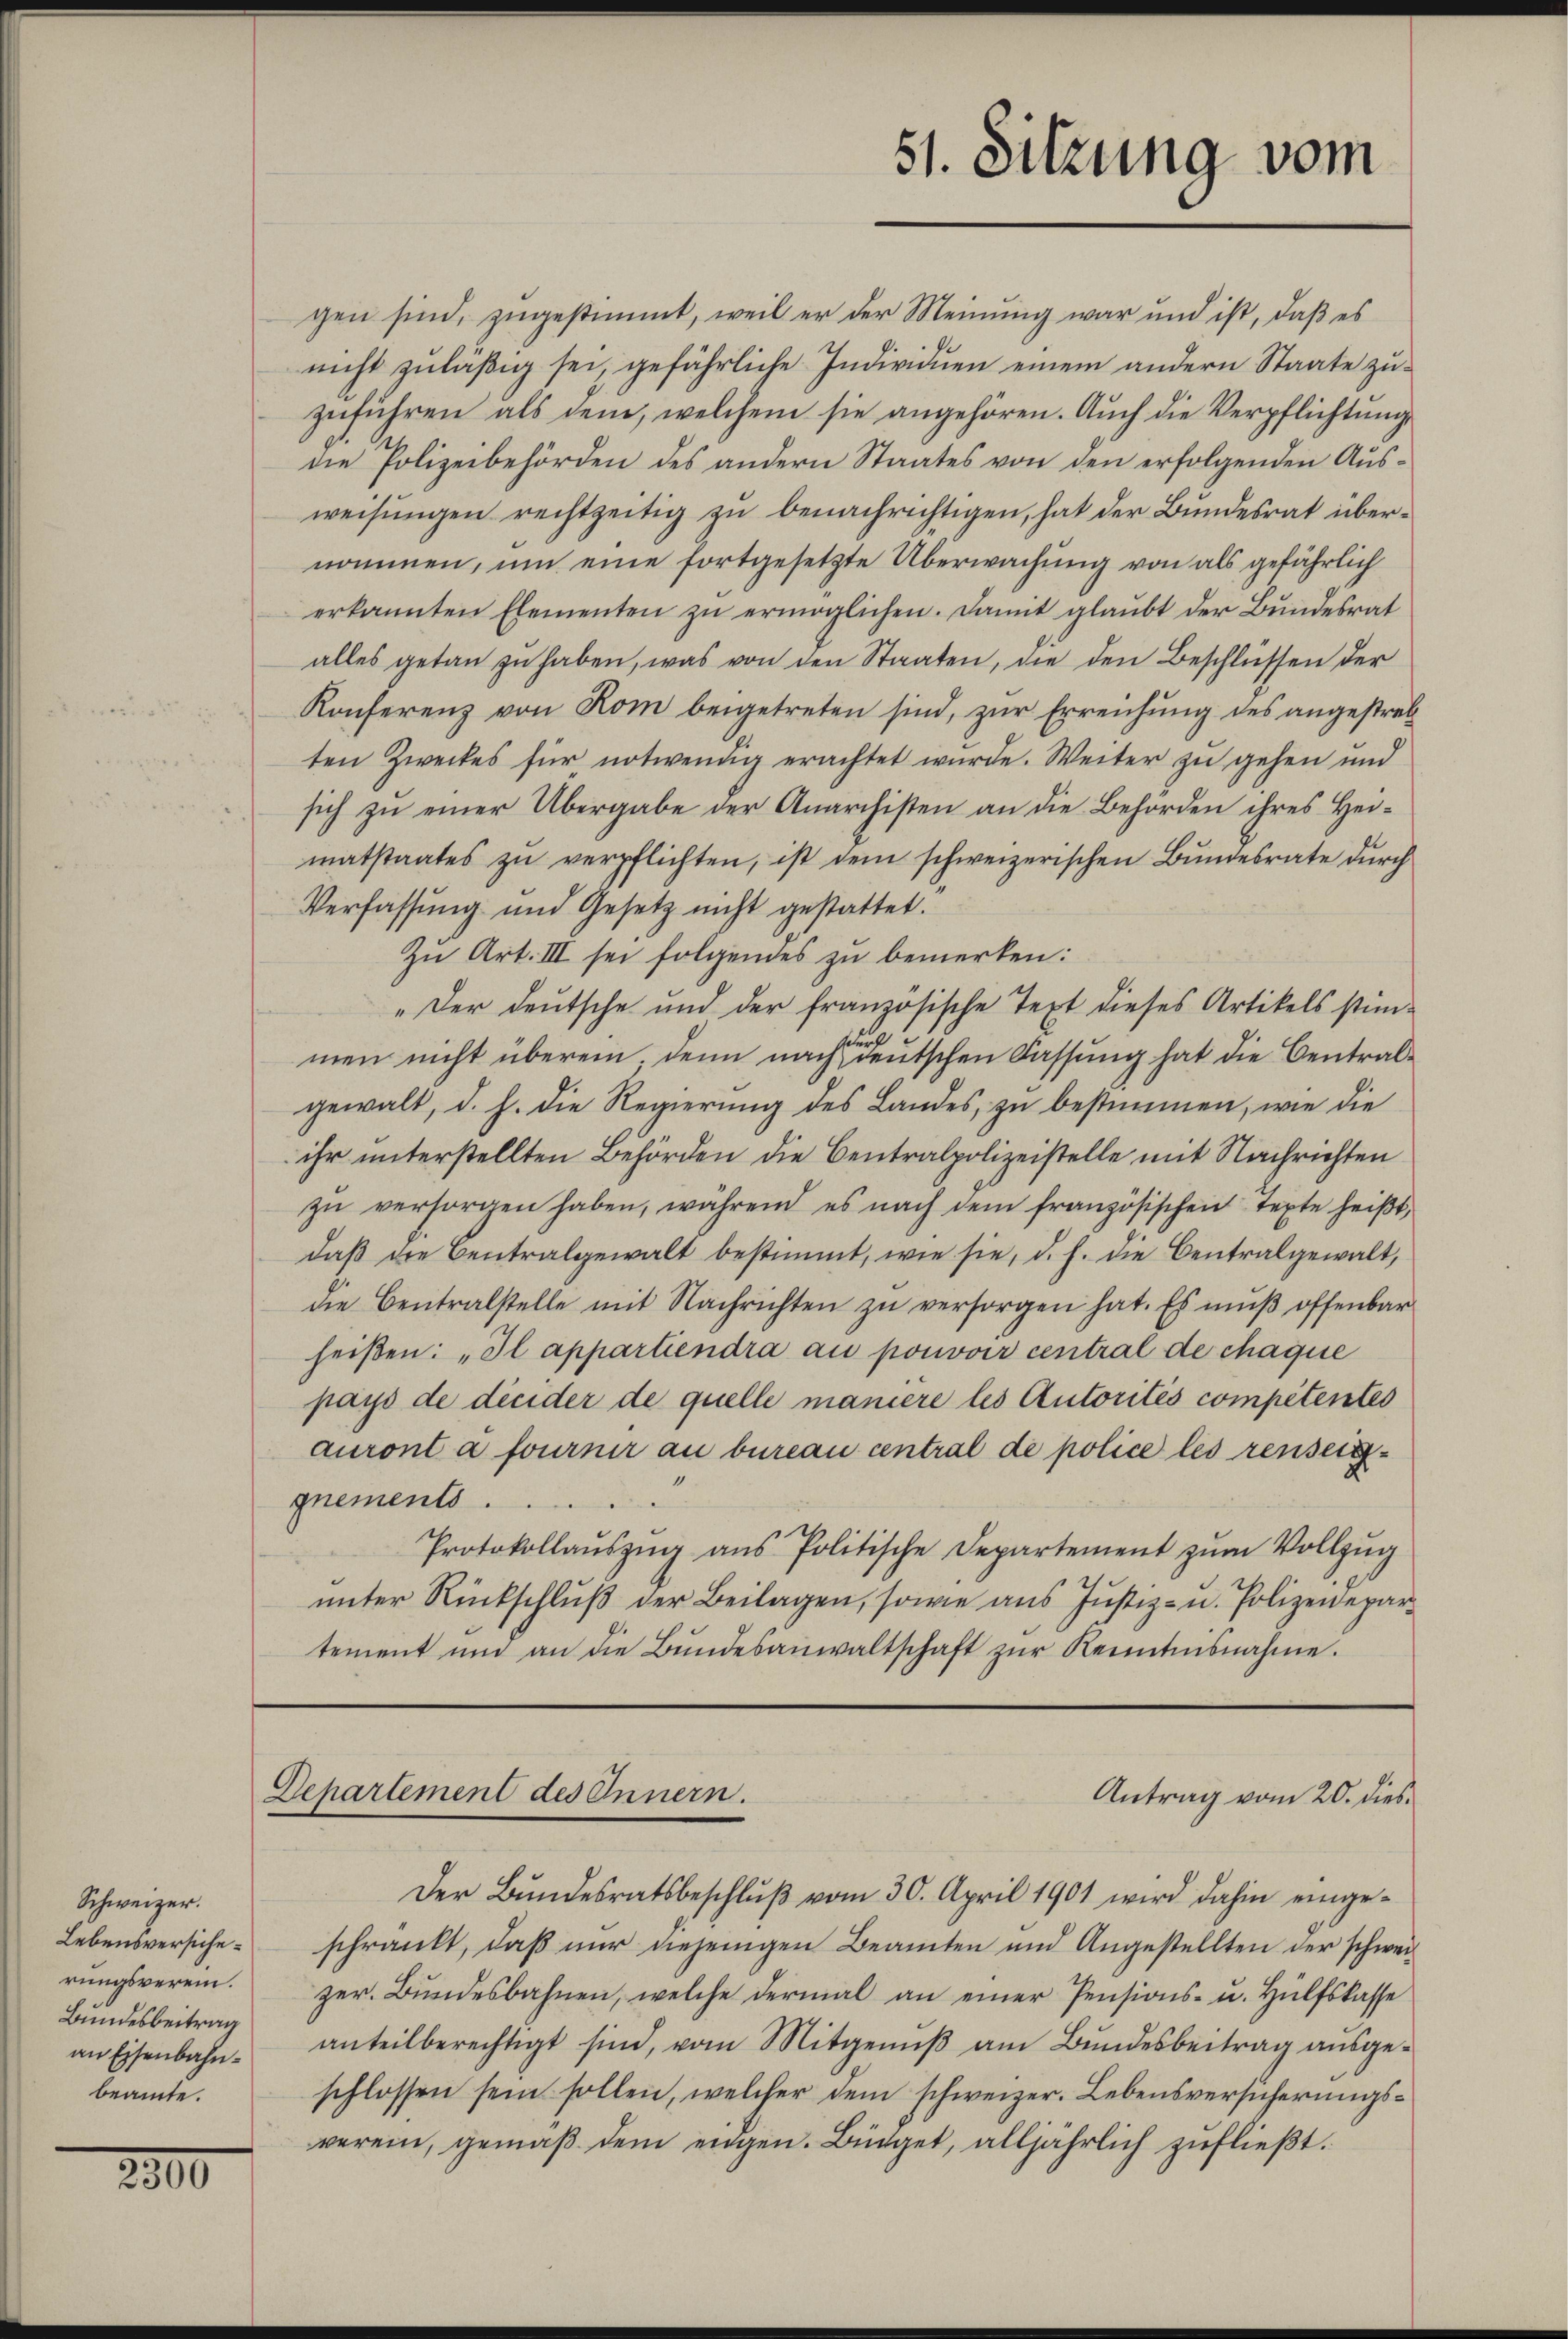
Schweizer.
Lebensversicherungsverein.
Bundesbeitrag
an Eisenbahnbeamte.

2800

Departement des Innern.

gen sind, zugestimmt, weil er der Meinung war und ist, daß es
nicht zuläßig sei, gefährliche Individuen einem andern Staate zuzuführen als dem, welchem sie angehören. Auch die Verpflichtung
die Polizeibehörden des andern Staates von den erfolgenden Ausweisungen rechtzeitig zu benachrichtigen, hat der Bundesrat übernommen, um eine fortgesetzte Überwachung von als gefährlich
erkannten Elementen zŭ ermöglichen. Damit glaubt der Bundesrat
alles getan zu haben, was von den Staaten, die den Beschlüssen der
Konferenz von Rom beigetreten sind, zur Erreichung des angestreb
ten Zweckes für notwendig erachtet wŭrde. Weiter zu gehen und
sich zu einer Übergabe der Anarchisten an die Behörden ihres Heimatstaates zŭ verpflichten, ist dem schweizerischen Bundesrate durch
Verfassung und Gesetz nicht gestattet.
Zu Art. III sei folgendes zu bemerken:
„Der deutsche und der französische Text dieses Artikels stim-
men nicht überein denn nach der deutschen Fassung hat die Centralgewalt, d. h. die Regierung des Landes, zu bestimmen, wie die
ihr unterstellten Behörden die Centralpolizeistelle mit Nachrichten
zŭ versorgen haben, während es nach dem französischen Texte heißt,
daβ die Centralgewalt bestimmt, wie sie, d. h. die Centralgewalt,
die Centralstelle mit Nachrichten zŭ versorgen hat. Es muß offenbar
heißen: „Il appartiendra au pouvoir central de chaque
pays de dieider de quelle maniere les Autorités competentes
auront à fournir au bureau central de police les renseiggnements
Protokollaŭszŭg aŭs Politische Departement zŭm Vollzŭg
unter Rückschluß der Beilagen, sowie aus Justiz- u. Polizeidepartement und an die Bŭndesanwaltschaft zŭr Kenntnisnahme.

Der Bundesratsbeschluß vom 30. April 1901 wird dahin eingeschränkt, daß nur diejenigen Beamten und Angestellten der schweizer. Bundesbahnen, welche dermal an einer Pensions- u. Hülfskasse
anteilberechtigt sind, vom Mitgeniβ am Bŭndesbeitrag aŭsge-
schlossen sein sollen, welcher dem schweizer. Lebensversicherungsverein, gemäß dem eidgen. Bürger, alljährlich zufließt.

51. Sitzung vom

Antrag vom 20. dies